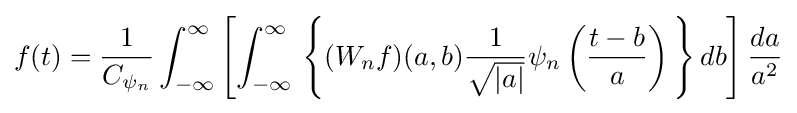
f(t)={\frac {1}{C_{\psi _{n}}}}\int _{-\infty }^{\infty }\left[\int _{-\infty }^{\infty }\,\left\{(W_{n}f)(a,b){\frac {1}{\sqrt {|a|}}}\psi _{n}\left({\frac {t-b}{a}}\right)\,\right\}db\right]{\frac {da}{a^{2}}}